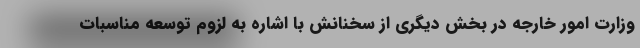
وزارت امور خارجه در بخش دیگری از سخنانش با اشاره به لزوم توسعه مناسبات